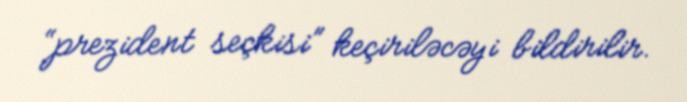
“prezident seçkisi” keçiriləcəyi bildirilir.